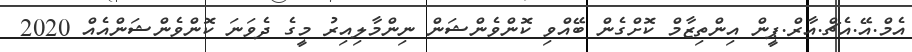
އެމް.އޭ.އެޗް.އާރް.ޕީން އިންތިޒާމް ކޮށްގެން ބޭއްވި ކޮންވެންޝަން ނިންމާލިއިރު މީގެ ދެވަނަ ކޮންވެންޝަންއެއް 2020